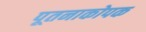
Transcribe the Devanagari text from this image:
पूतनाकोपक